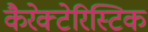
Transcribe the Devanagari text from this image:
कैरेक्टेरिस्टिक